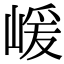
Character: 嵈